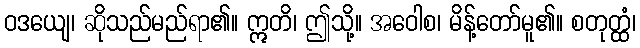
ဝဒယျေ၊ ဆိုသည်မည်ရာ၏။ ဣတိ၊ ဤသို့။ အဝေါစ၊ မိန့်တော်မူ၏။ စတုတ္ထံ၊